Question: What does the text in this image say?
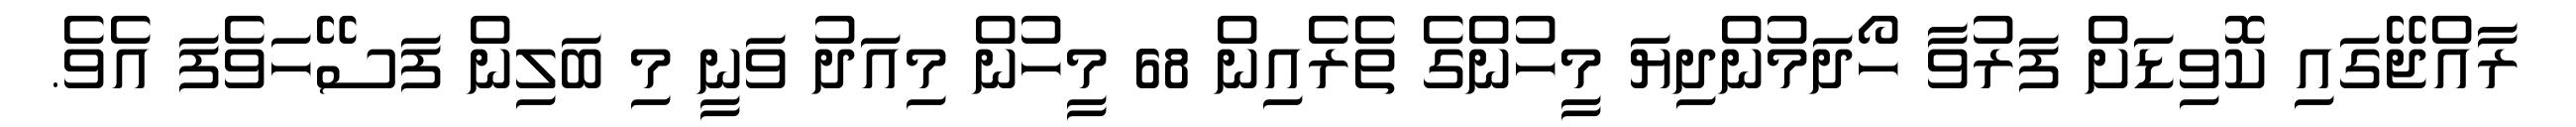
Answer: ރާއްޖޭގައި ކޮވިޑަށް ފަރުވާ ހޯދަމުންދިޔަ މީހުންގެ ތެރެއިން 68 މީހުން މިއަދު ވަނީ މި ބަލިން ފަސޭހަވެފަ އެވެ.